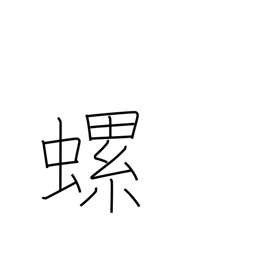
Meaning: small, edible, helical fresh-water mollusk